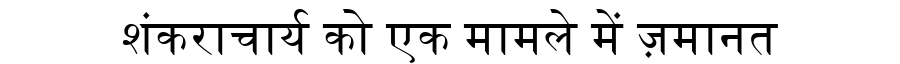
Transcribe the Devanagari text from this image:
शंकराचार्य को एक मामले में ज़मानत